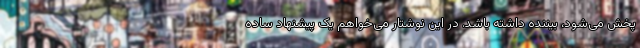
پخش می‌شود، بیننده داشته باشد. در این نوشتار می‌خواهم یک پیشنهاد ساده